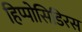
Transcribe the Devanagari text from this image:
हिप्पोसिडिरस